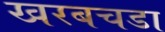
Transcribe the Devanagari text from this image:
खरबचडा